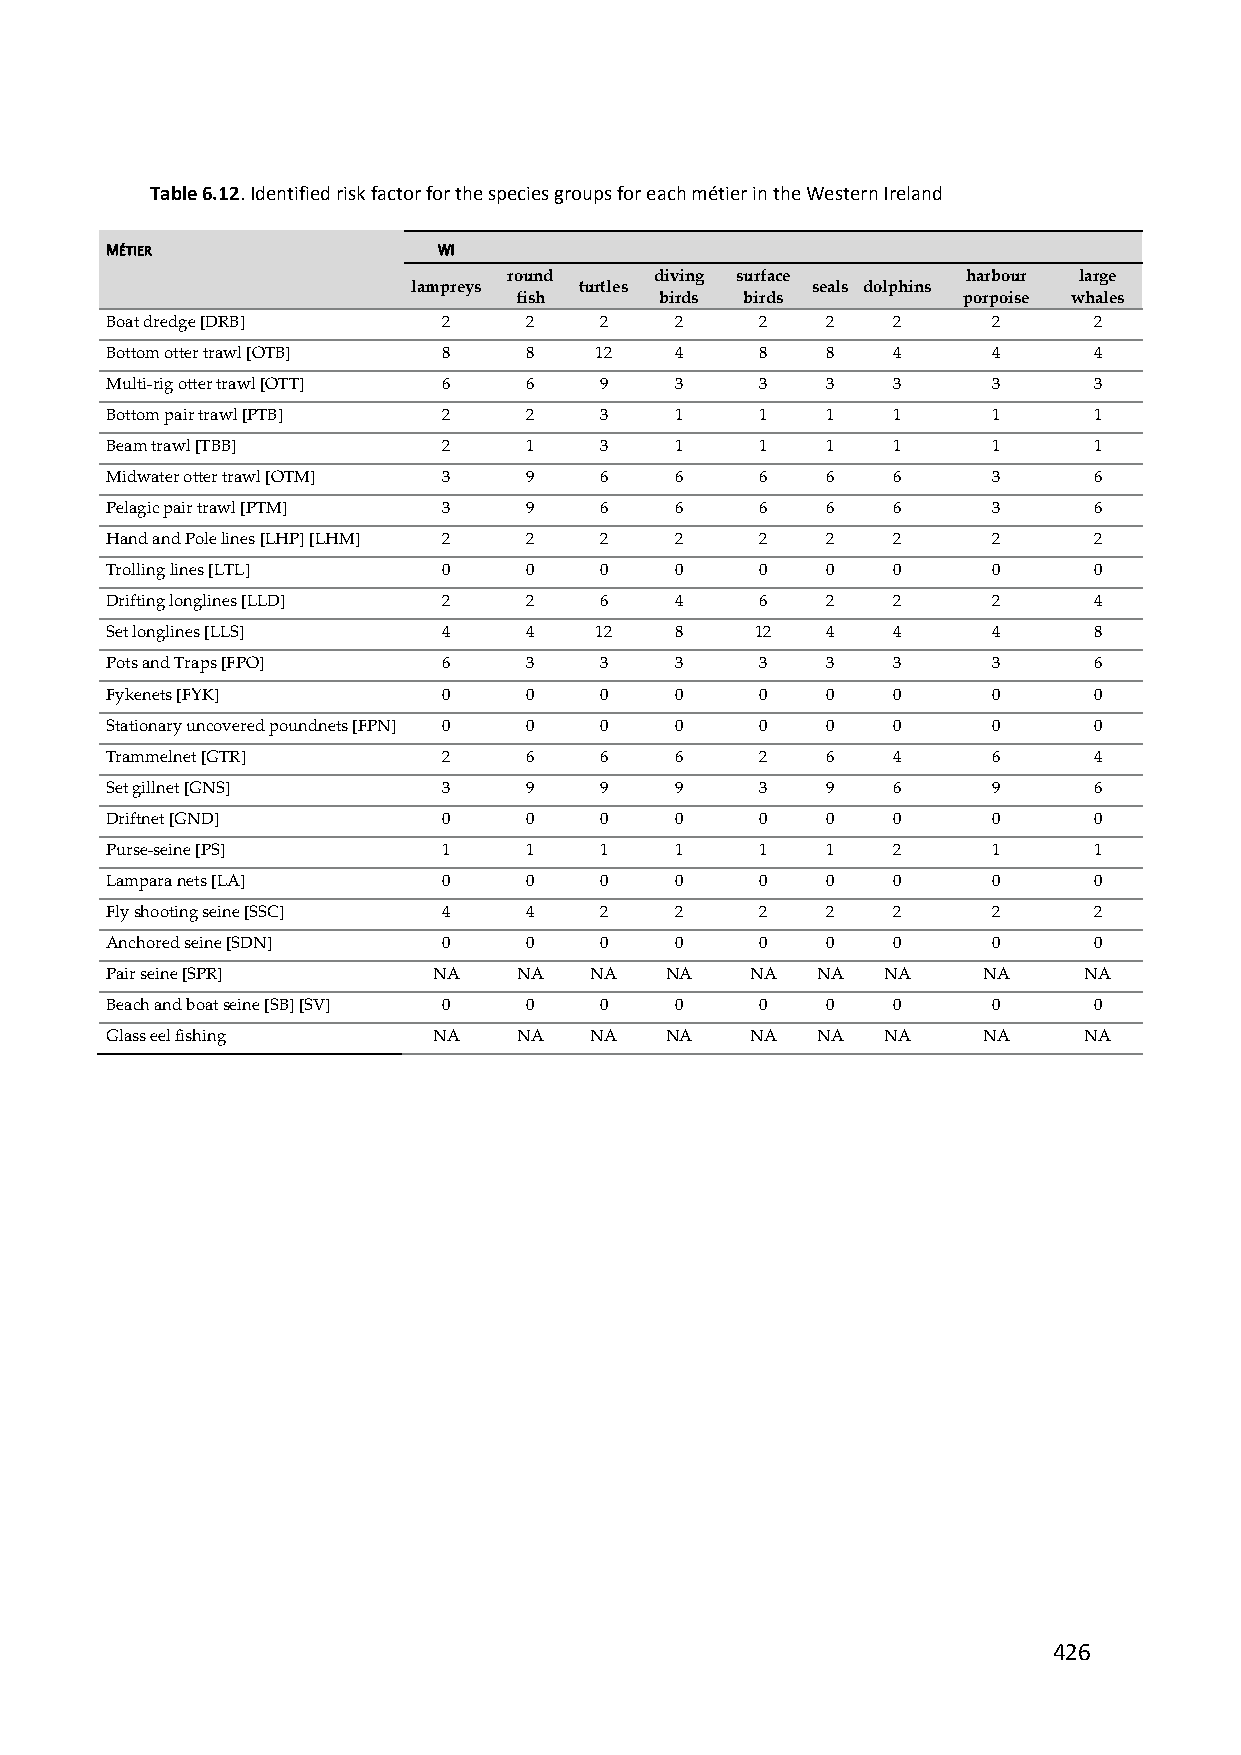
Table 6.12. Identified risk factor for the species groups for each métier in the Western Ireland
 MÉTIER                WI
 round    diving surface       harbour large
 lampreys   turtles         seals dolphins
 fish      birds birds         porpoise whales
 Boat dredge [DRB]     2     2    2    2    2    2   2      2     2
 Bottom otter trawl [OTB] 8  8   12    4    8    8   4      4     4
 Multi‐rig otter trawl [OTT] 6 6  9    3    3    3   3      3     3
 Bottom pair trawl [PTB] 2   2    3    1    1    1   1      1     1
 Beam trawl [TBB]      2     1    3    1    1    1   1      1     1
 Midwater otter trawl [OTM] 3 9   6    6    6    6   6      3     6
 Pelagic pair trawl [PTM] 3  9    6    6    6    6   6      3     6
 Hand and Pole lines [LHP] [LHM] 2 2 2 2    2    2   2      2     2
 Trolling lines [LTL]  0     0    0    0    0    0   0      0     0
 Drifting longlines [LLD] 2  2    6    4    6    2   2      2     4
 Set longlines [LLS]   4     4   12    8    12   4   4      4     8
 Pots and Traps [FPO]  6     3    3    3    3    3   3      3     6
 Fykenets [FYK]        0     0    0    0    0    0   0      0     0
 Stationary uncovered poundnets [FPN] 0 0 0 0 0  0   0      0     0
 Trammelnet [GTR]      2     6    6    6    2    6   4      6     4
 Set gillnet [GNS]     3     9    9    9    3    9   6      9     6
 Driftnet [GND]        0     0    0    0    0    0   0      0     0
 Purse‐seine [PS]      1     1    1    1    1    1   2      1     1
 Lampara nets [LA]     0     0    0    0    0    0   0      0     0
 Fly shooting seine [SSC] 4  4    2    2    2    2   2      2     2
 Anchored seine [SDN]  0     0    0    0    0    0   0      0     0
 Pair seine [SPR]      NA   NA   NA   NA    NA  NA  NA     NA     NA
 Beach and boat seine [SB] [SV] 0 0 0  0    0    0   0      0     0
 Glass eel fishing     NA   NA   NA   NA    NA  NA  NA     NA     NA
 426